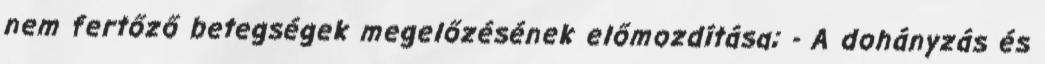
nem fertőző betegségek megelőzésének előmozdítása; - A dohányzás és